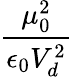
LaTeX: \frac{\mu_{0}^{2}}{\epsilon_{0}V_{d}^{2}}